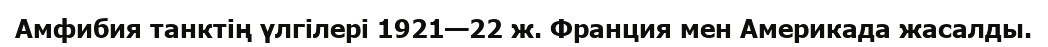
Амфибия танктің үлгілері 1921—22 ж. Франция мен Америкада жасалды.